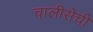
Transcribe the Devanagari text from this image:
चालीसेची